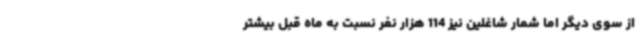
از سوی دیگر اما شمار شاغلین نیز 114 هزار نفر نسبت به ماه قبل بیشتر